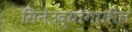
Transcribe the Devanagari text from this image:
सिनेउद्योगातील